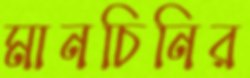
মানচিনির